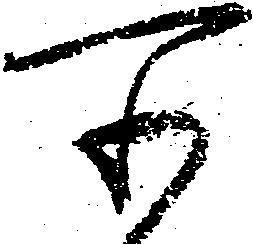
所